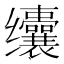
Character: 𱺰